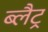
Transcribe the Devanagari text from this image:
ब्लैट्र